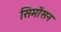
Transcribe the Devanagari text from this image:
सिमोंसन